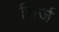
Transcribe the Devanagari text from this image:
सिर्ज